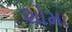
શોમા